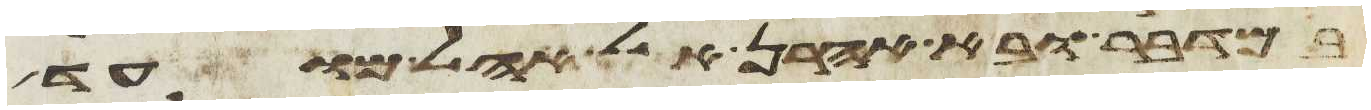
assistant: במדבר ובא אהרן אל אהל מועד